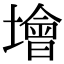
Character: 𡑭